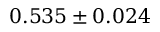
0 . 5 3 5 \pm 0 . 0 2 4